system: You are a helpful assistant.
user:
Analyze the provided spectrum to determine if it is a **Carbon Star (C-type)**.

- **Key Visual Indicators of Carbon Star:**
    - **(Primary):** Strong molecular absorption from **C₂ (diatomic carbon) "Swan Bands."** This is the **defining feature** of a carbon star.
        - **(Key Bandheads):** Sharp absorption edges are visible at approximately $5635$ Å, $5165$ Å (the strongest band), and $4737$ Å.
        - **(Line Profile):** Creates a distinct **"saw-tooth"** pattern. The key morphology is a sharp, steep bandhead on the **red (long-wavelength) side**, which then gradually tapers off (i.e., flux recovers) towards the **blue (short-wavelength) side**. *(This is the direct opposite of the TiO bands seen in M-type stars)*.

    - **(Secondary):** Intense **CN (cyanogen)** molecular absorption bands.
        - **(Key Bandheads):** Located in the blue and violet regions of the spectrum (e.g., near $4215$ Å and $3883$ Å).
        - **(Morphology):** These bands are extremely broad and act as a "blanket," absorbing the vast majority of blue and violet light. This creates a characteristic **"cliff"** or **"steep drop-off"** in the spectrum's flux at short wavelengths.

    - **(Key Confirmation):** Strong **CH absorption band (G-band)**.
        - **(Key Bandhead):** Located around $4300$ Å. The contribution from CH molecules to this band is exceptionally strong.

    - **(Overall Spectrum):**
        - The continuum is severely "chopped up" by these deep molecular bands, especially C₂, rather than appearing as a smooth curve.
        - Due to the heavy CN and C₂ absorption in the blue-green, the vast majority of the star's flux is concentrated in the red part of the spectrum, giving the star its characteristic deep red color.

Think first, call **spectral_visualization_tool** if needed to examine features in detail, then provide your final answer. Your response must adhere to the following strict rules:
1.  **Overall Structure:** Your response must follow the format `<think>...</think> <tool_call>...</tool_call> (if a tool is used) <answer>...</answer>`.
2.  **Tool Usage Constraint:** You may only make **one** tool call per turn.
3.  **Final Answer Format:** In the `<answer>` tag, your conclusion must be inside a `\boxed{}` command (e.g., `\boxed{YES}`), followed by your justification.

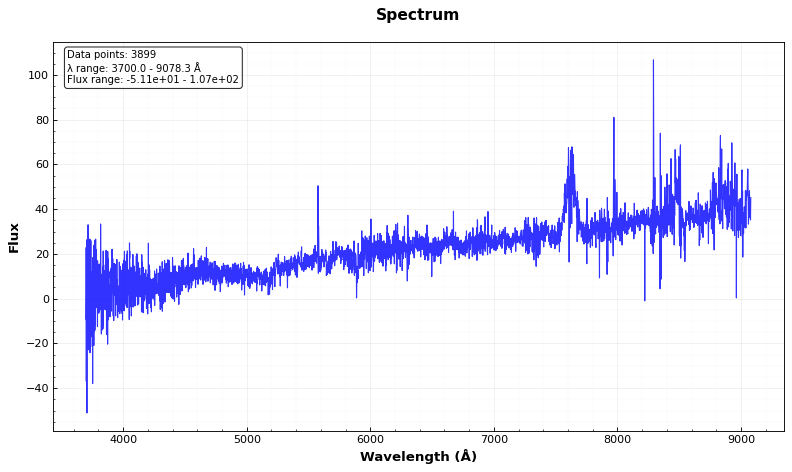
Answer: NO